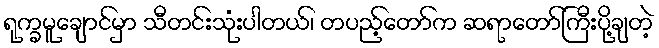
ရုက္ခမူချောင်မှာ သီတင်းသုံးပါတယ်၊ တပည့်တော်က ဆရာတော်ကြီးပို့ချတဲ့